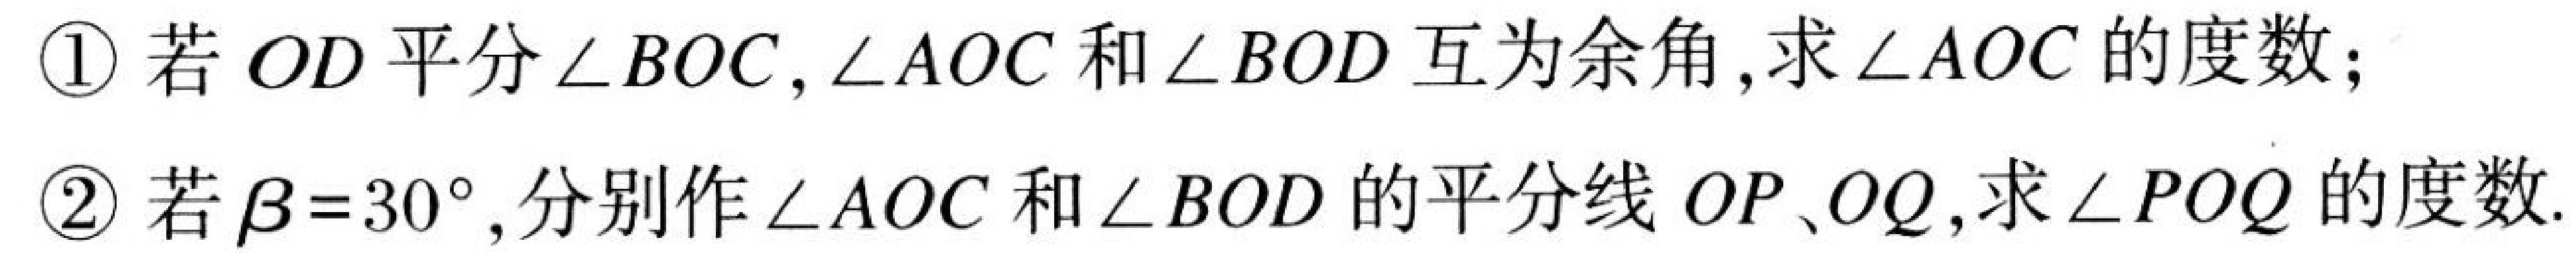
\textcircled{1}若$OD$平分$\angle BOC$,$\angle AOC$和$\angle BOD$互为余角,求$\angle AOC$的度数;
\textcircled{2}若$\beta = 30^{\circ}$,分别作$\angle AOC$和$\angle BOD$的平分线$OP、OQ$,求$\angle POQ$的度数.